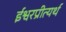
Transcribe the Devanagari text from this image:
ईश्वरप्रीत्यर्थ